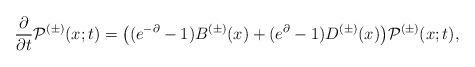
LaTeX: \begin{align*} \frac{\partial}{\partial t}\mathcal{P}^{(\pm)}(x;t)= \bigl((e^{-\partial}-1)B^{(\pm)}(x)+(e^{\partial}-1)D^{(\pm)}(x)\bigr) \mathcal{P}^{(\pm)}(x;t), \end{align*}